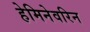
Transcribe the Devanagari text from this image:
हेमिनेवरिन